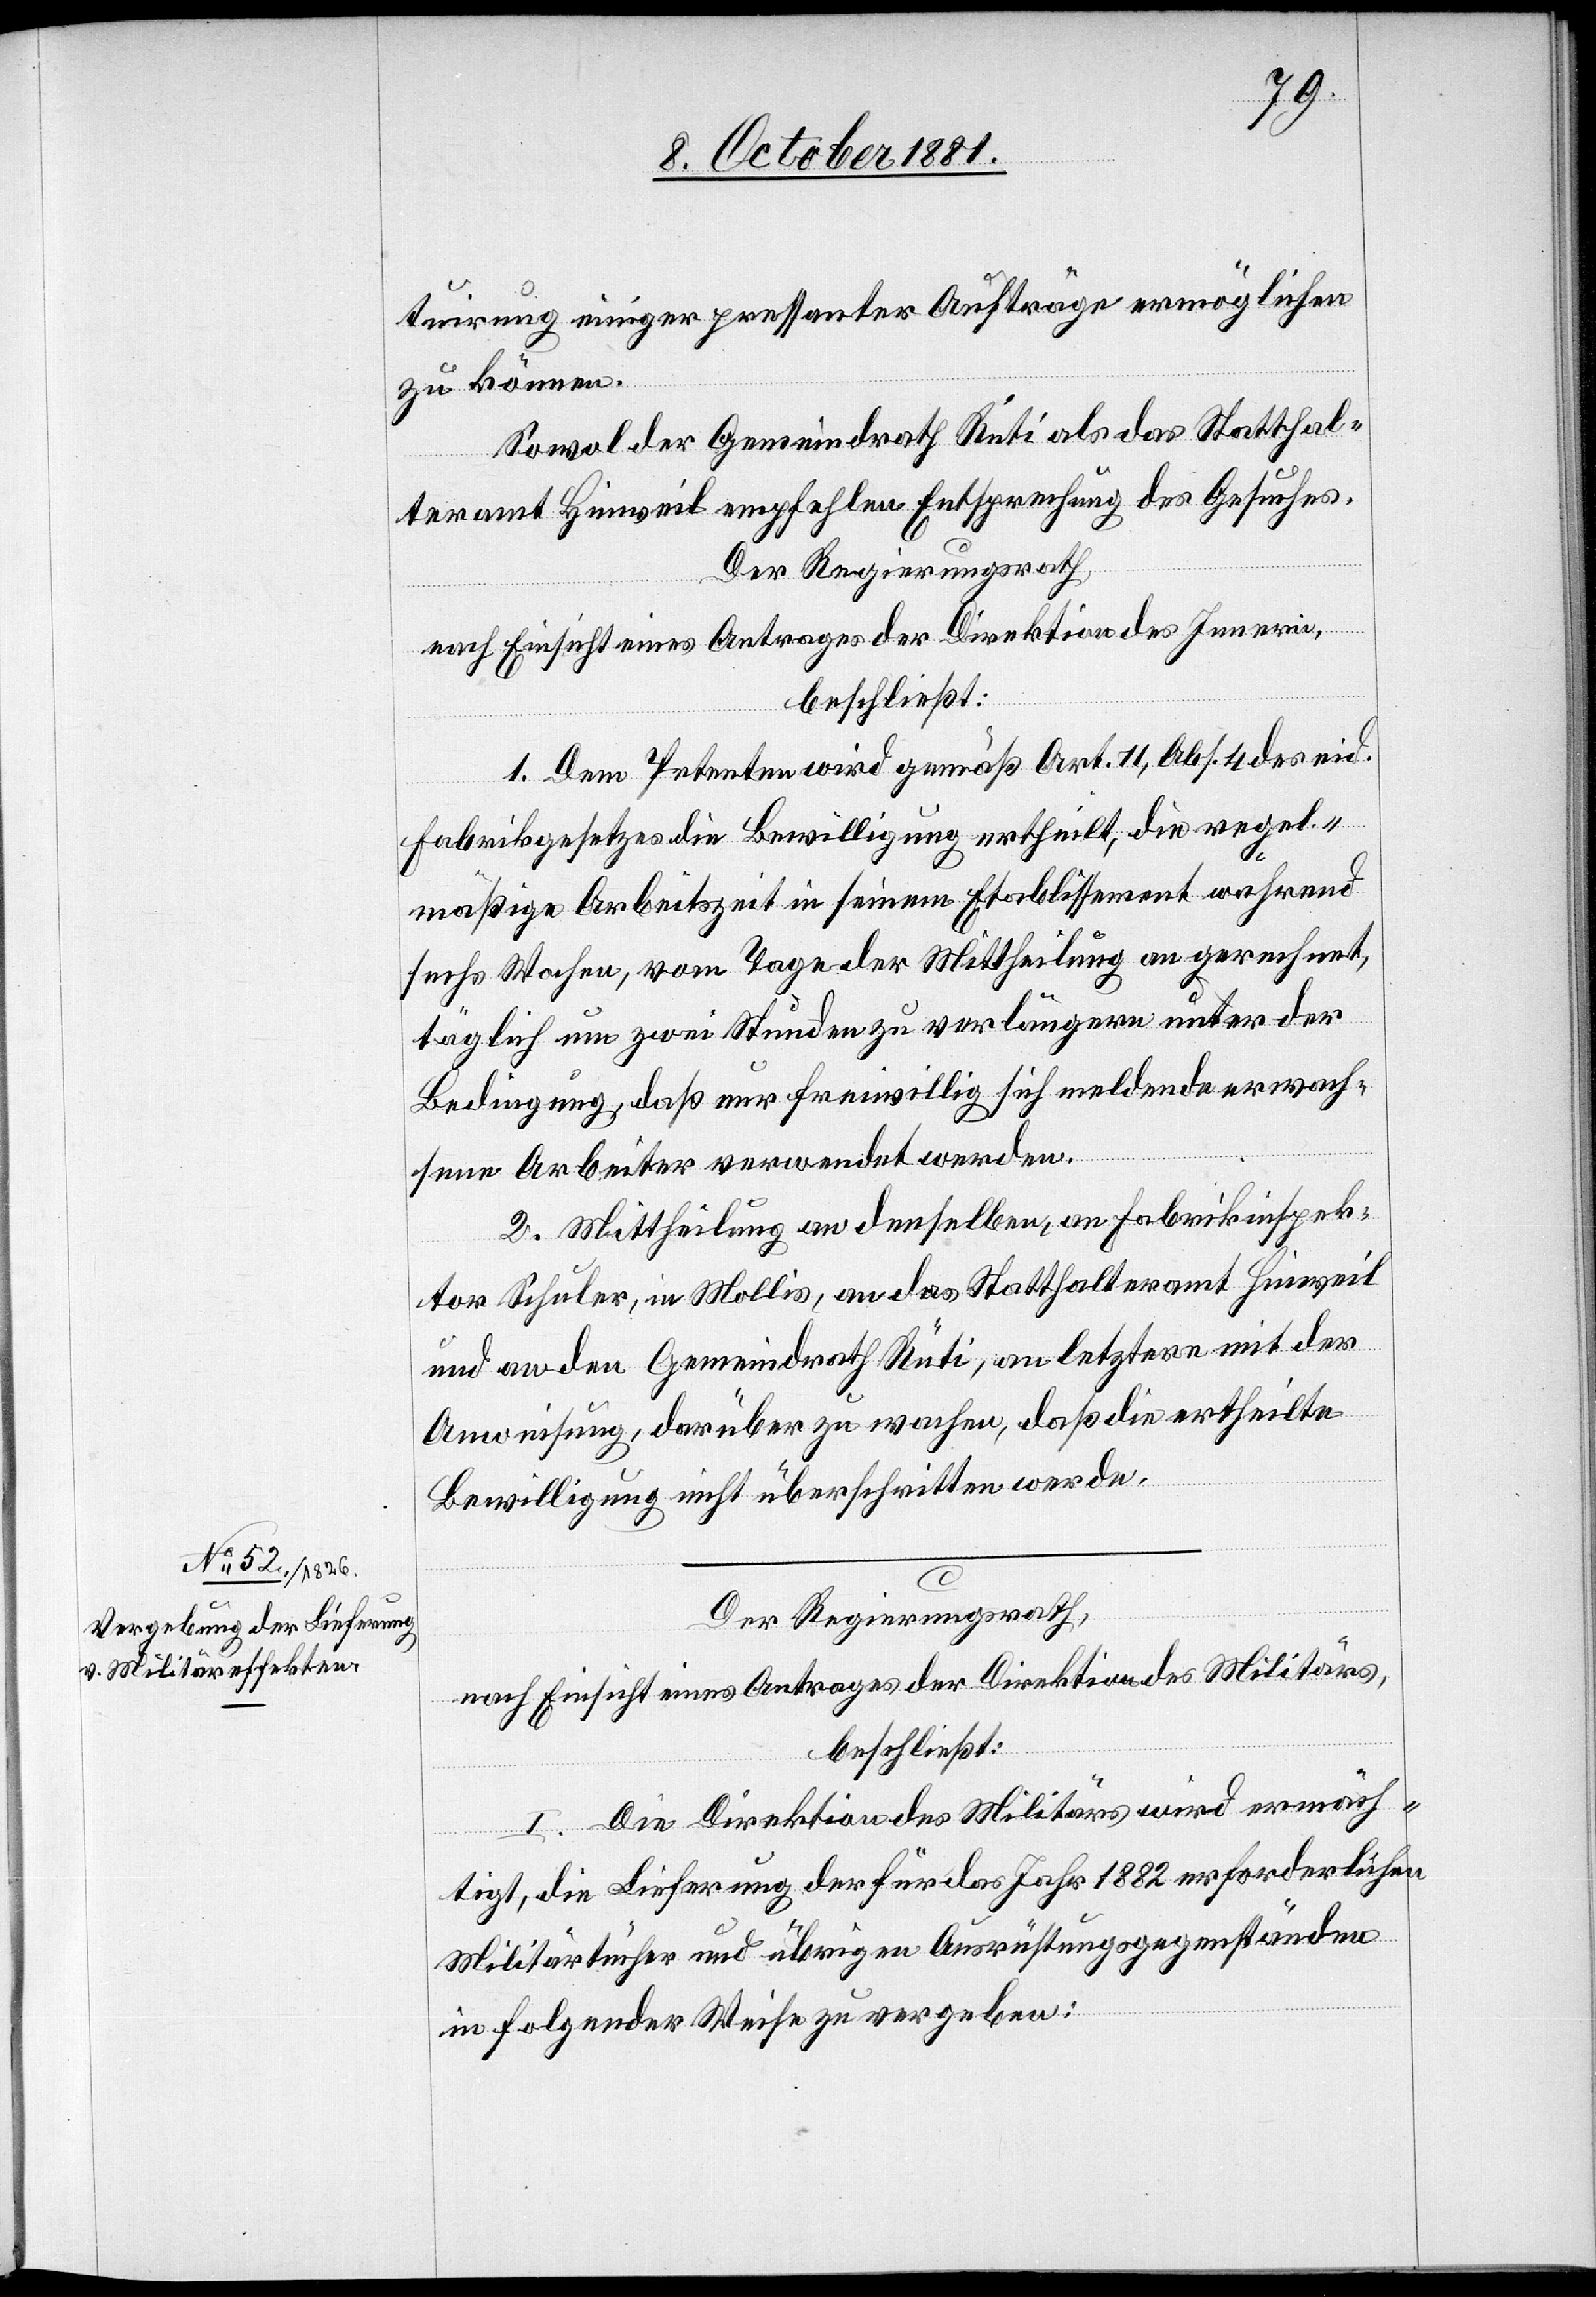
tuirung einiger pressanter Aufträge ermöglichen
zu können.
Sowol der Gemeindrath Rüti als das Statthal¬
teramt Hinweil empfehlen Entsprechung des Gesuches.
Der Regierungsrath,
nach Einsicht eines Antrages der Direktion des Innern,
beschließt:
1. Dem Petenten wird gemäß Art. 11, Abs. 4 des eid.
Fabrikgesetzes die Bewilligung ertheilt, die regel¬
mäßige Arbeitszeit in seinem Etablissement während
sechs Wochen, vom Tage der Mittheilung an gerechnet,
täglich um zwei Stunden zu verlängern unter der
Bedingung, daß nur freiwillig sich meldende erwach¬
sene Arbeiter verwendet werden.
2. Mittheilung an denselben, an Fabrikinspek¬
tor Schuler, in Mollis, an das Statthalteramt Hinweil
und an den Gemeindrath Rüti, an letztere mit der
Anweisung, darüber zu wachen, daß die ertheilte
Bewilligung nicht überschritten werde.
Der Regierungsrath,
nach Einsicht eines Antrages der Direktion des Militärs,
beschließt:
I. Die Direktion des Militärs wird ermäch¬
tigt, die Lieferung der für das Jahr 1882 erforderlichen
Militärtücher und übrigen Ausrüstungsgegenständen
in folgender Weise zu vergeben: